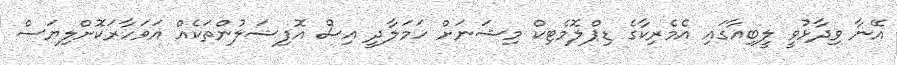
އޭނާ ވިދާޅުވީ ލީބިއާގައި އެމެރިކާގެ ޑިޕްލޮމެޓިކް މިޝަނަށް ހަމަލާދީ އިސް އޮފިޝަލުންތަކެއް އަވަހާރަކޮށްލިޔަސް